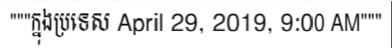
"""ក្នុងប្រទេស April 29, 2019, 9:00 AM"""